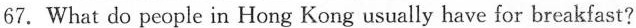
67. What do people in Hong Kong usually have for breakfast?